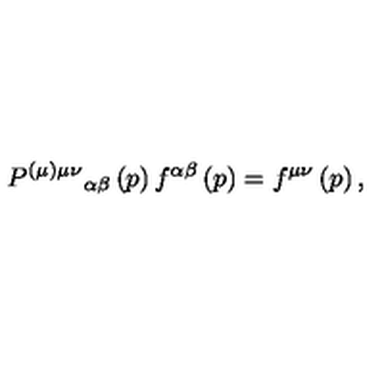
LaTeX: P ^ { ( \mu ) \mu \nu } { } _ { \alpha \beta } \left( p \right) f ^ { \alpha \beta } \left( p \right) = f ^ { \mu \nu } \left( p \right) ,